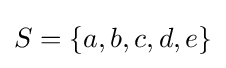
S=\{a,b,c,d,e\}